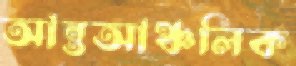
আন্তআঞ্চলিক